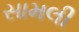
સામલી